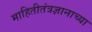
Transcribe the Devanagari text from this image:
माहितीतंत्रज्ञानाच्या